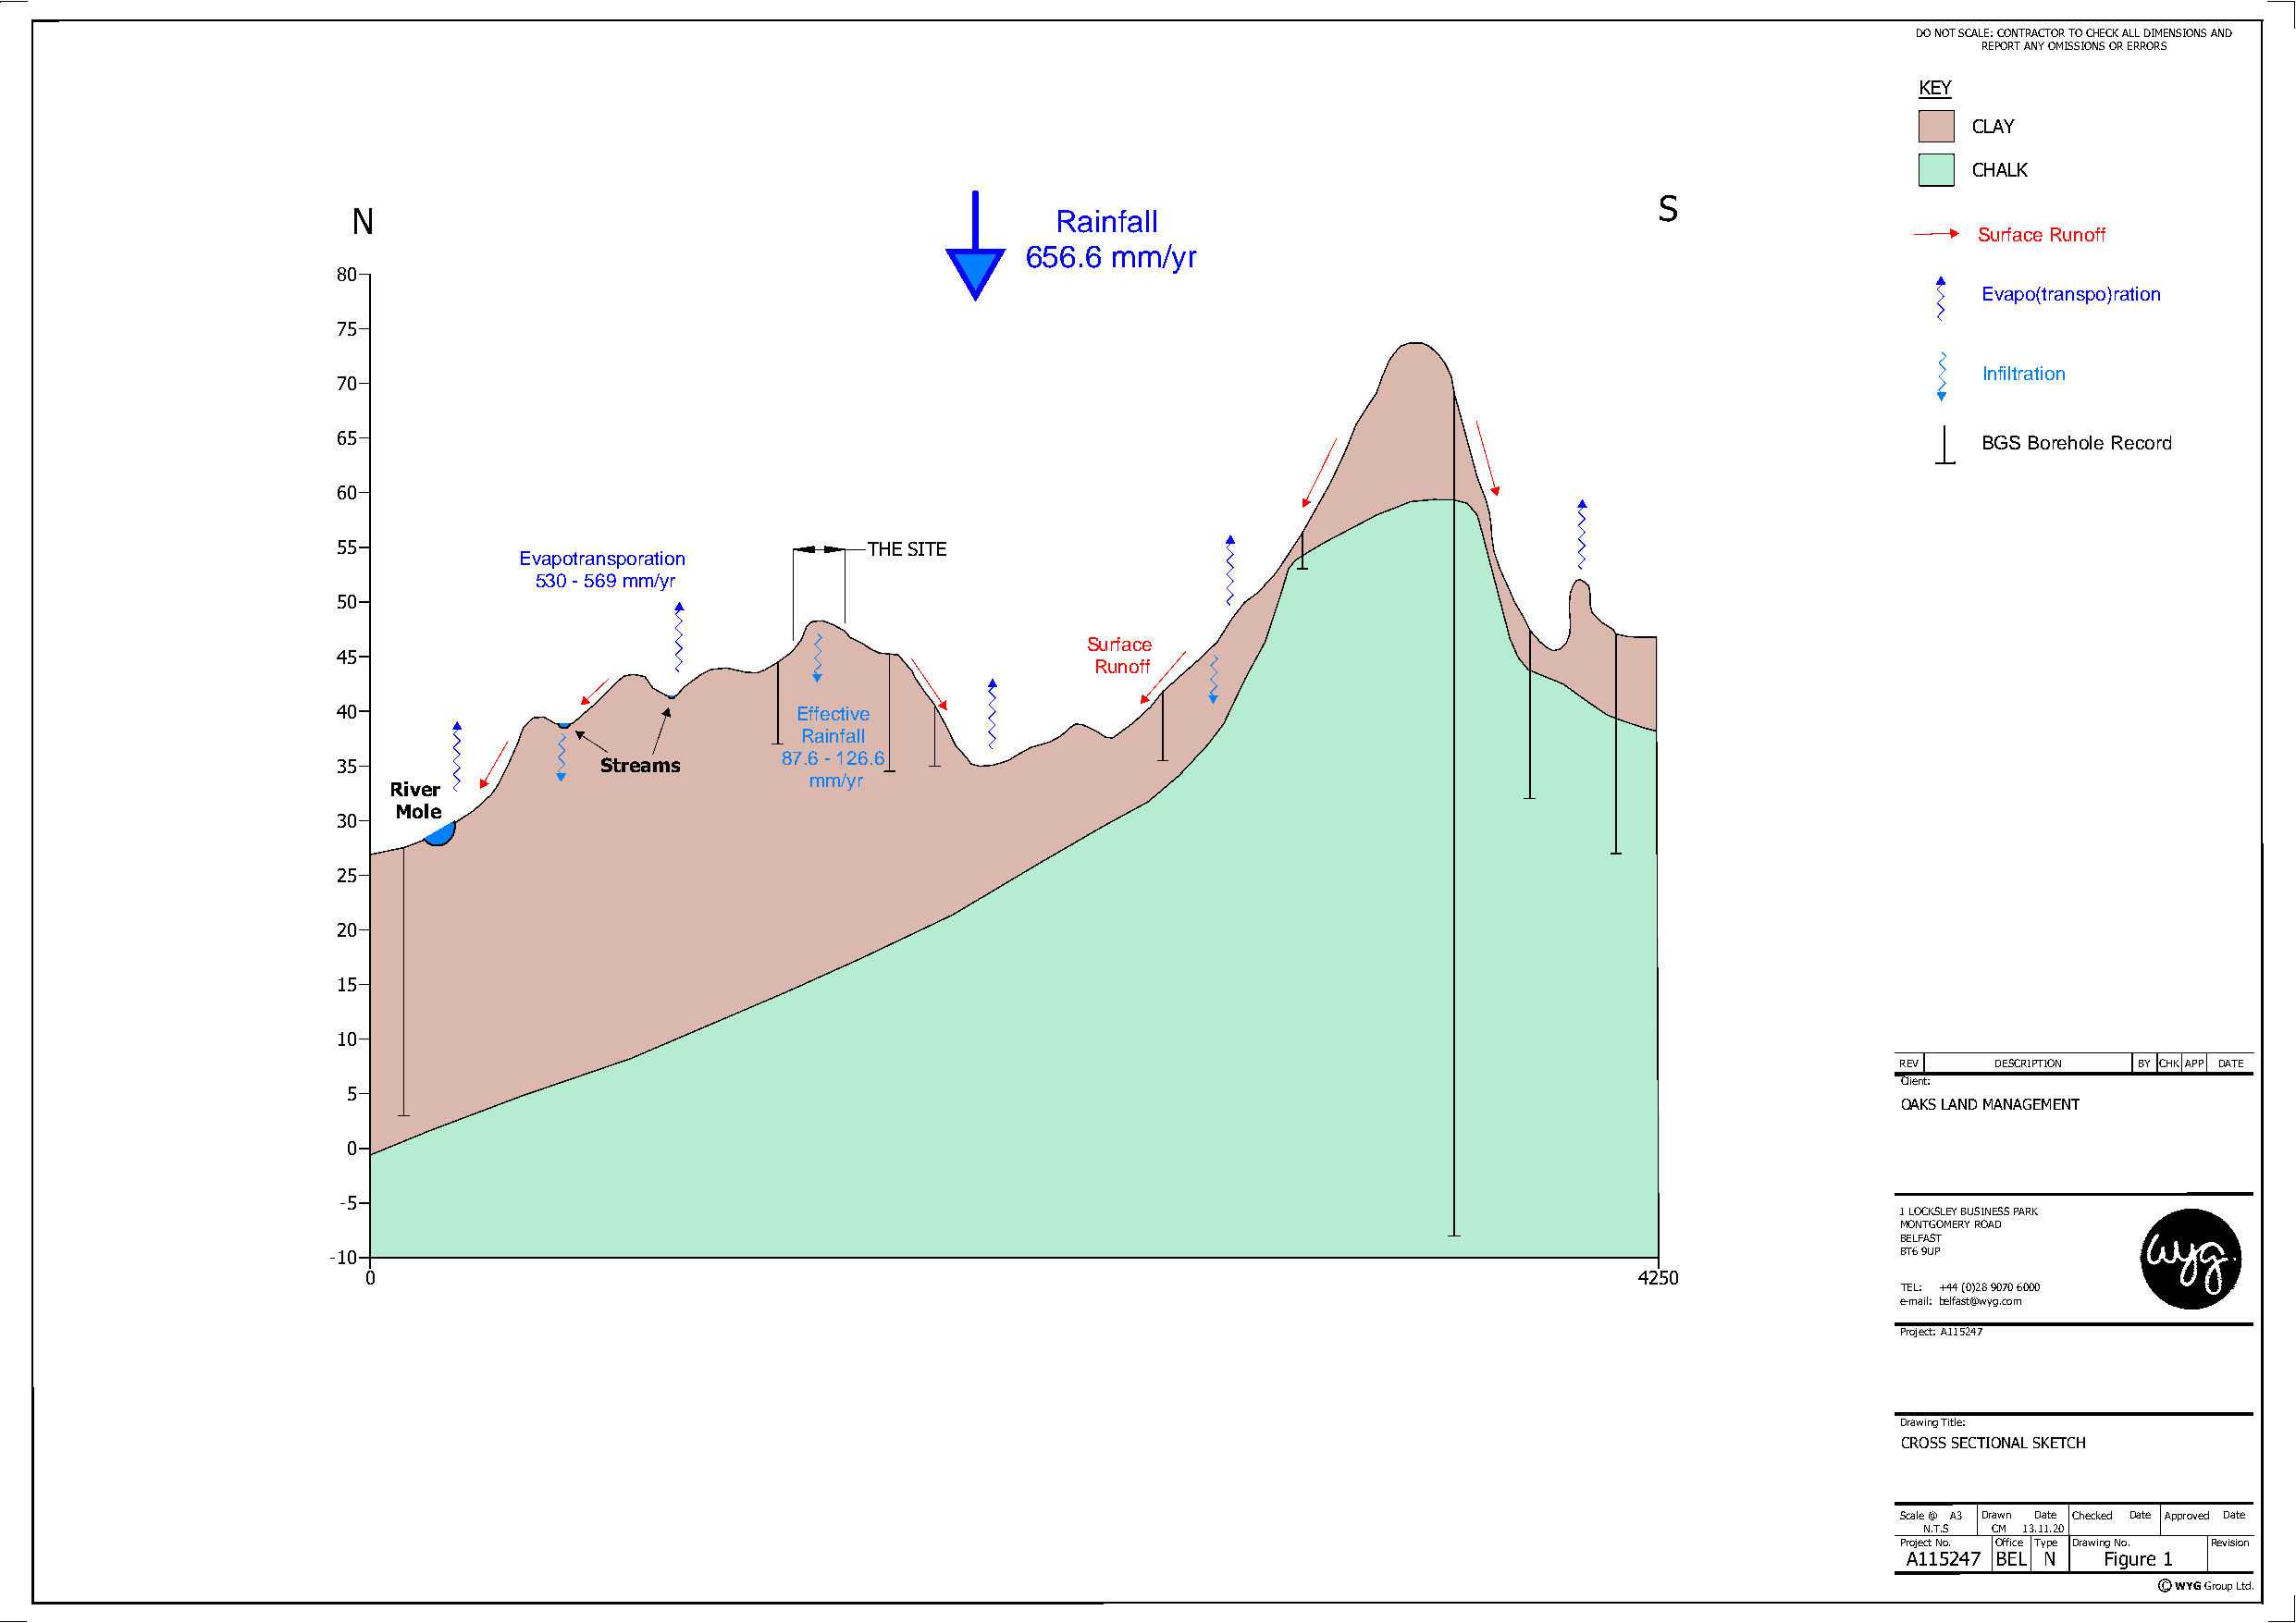
DO NOT SCALE: CONTRACTOR TO CHECK ALL DIMENSIONS AND
 REPORT ANY OMISSIONS OR ERRORS
 KEY
 CLAY
 CHALK
 80
 75
 70
 65
 60
 55                                    THE SITE
 50
 45
 40
 35
 30
 25
 20
 15
 10
 REV    DESCRIPTION BY CHK APP DATE
 Client:
 5
 OAKS LAND MANAGEMENT
 0
 -5
 1 LOCKSLEY BUSINESS PARK
 MONTGOMERY ROAD
 BELFAST
 -10                                                                                                             BT6 9UP
 0                                                                                          4250
 TEL: +44 (0)28 9070 6000
 e-mail:belfast@wyg.com
 Project:A115247
 Drawing Title:
 CROSS SECTIONAL SKETCH
 Scale @ A3 Drawn Date Checked Date Approved Date
 N.T.S CM 13.11.20
 Project No. Office Type Drawing No. Revision
 A115247 BEL N  Figure 1
 C WYG Group Ltd.